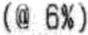
(@ 6%)